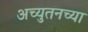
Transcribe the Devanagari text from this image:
अच्युतनच्या